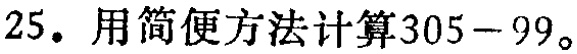
25. 用简便方法计算\(305 - 99\)。